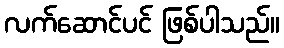
လက်ဆောင်ပင် ဖြစ်ပါသည်။